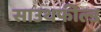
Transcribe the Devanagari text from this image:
साउथफील्ड